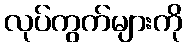
လုပ်ကွက်များကို